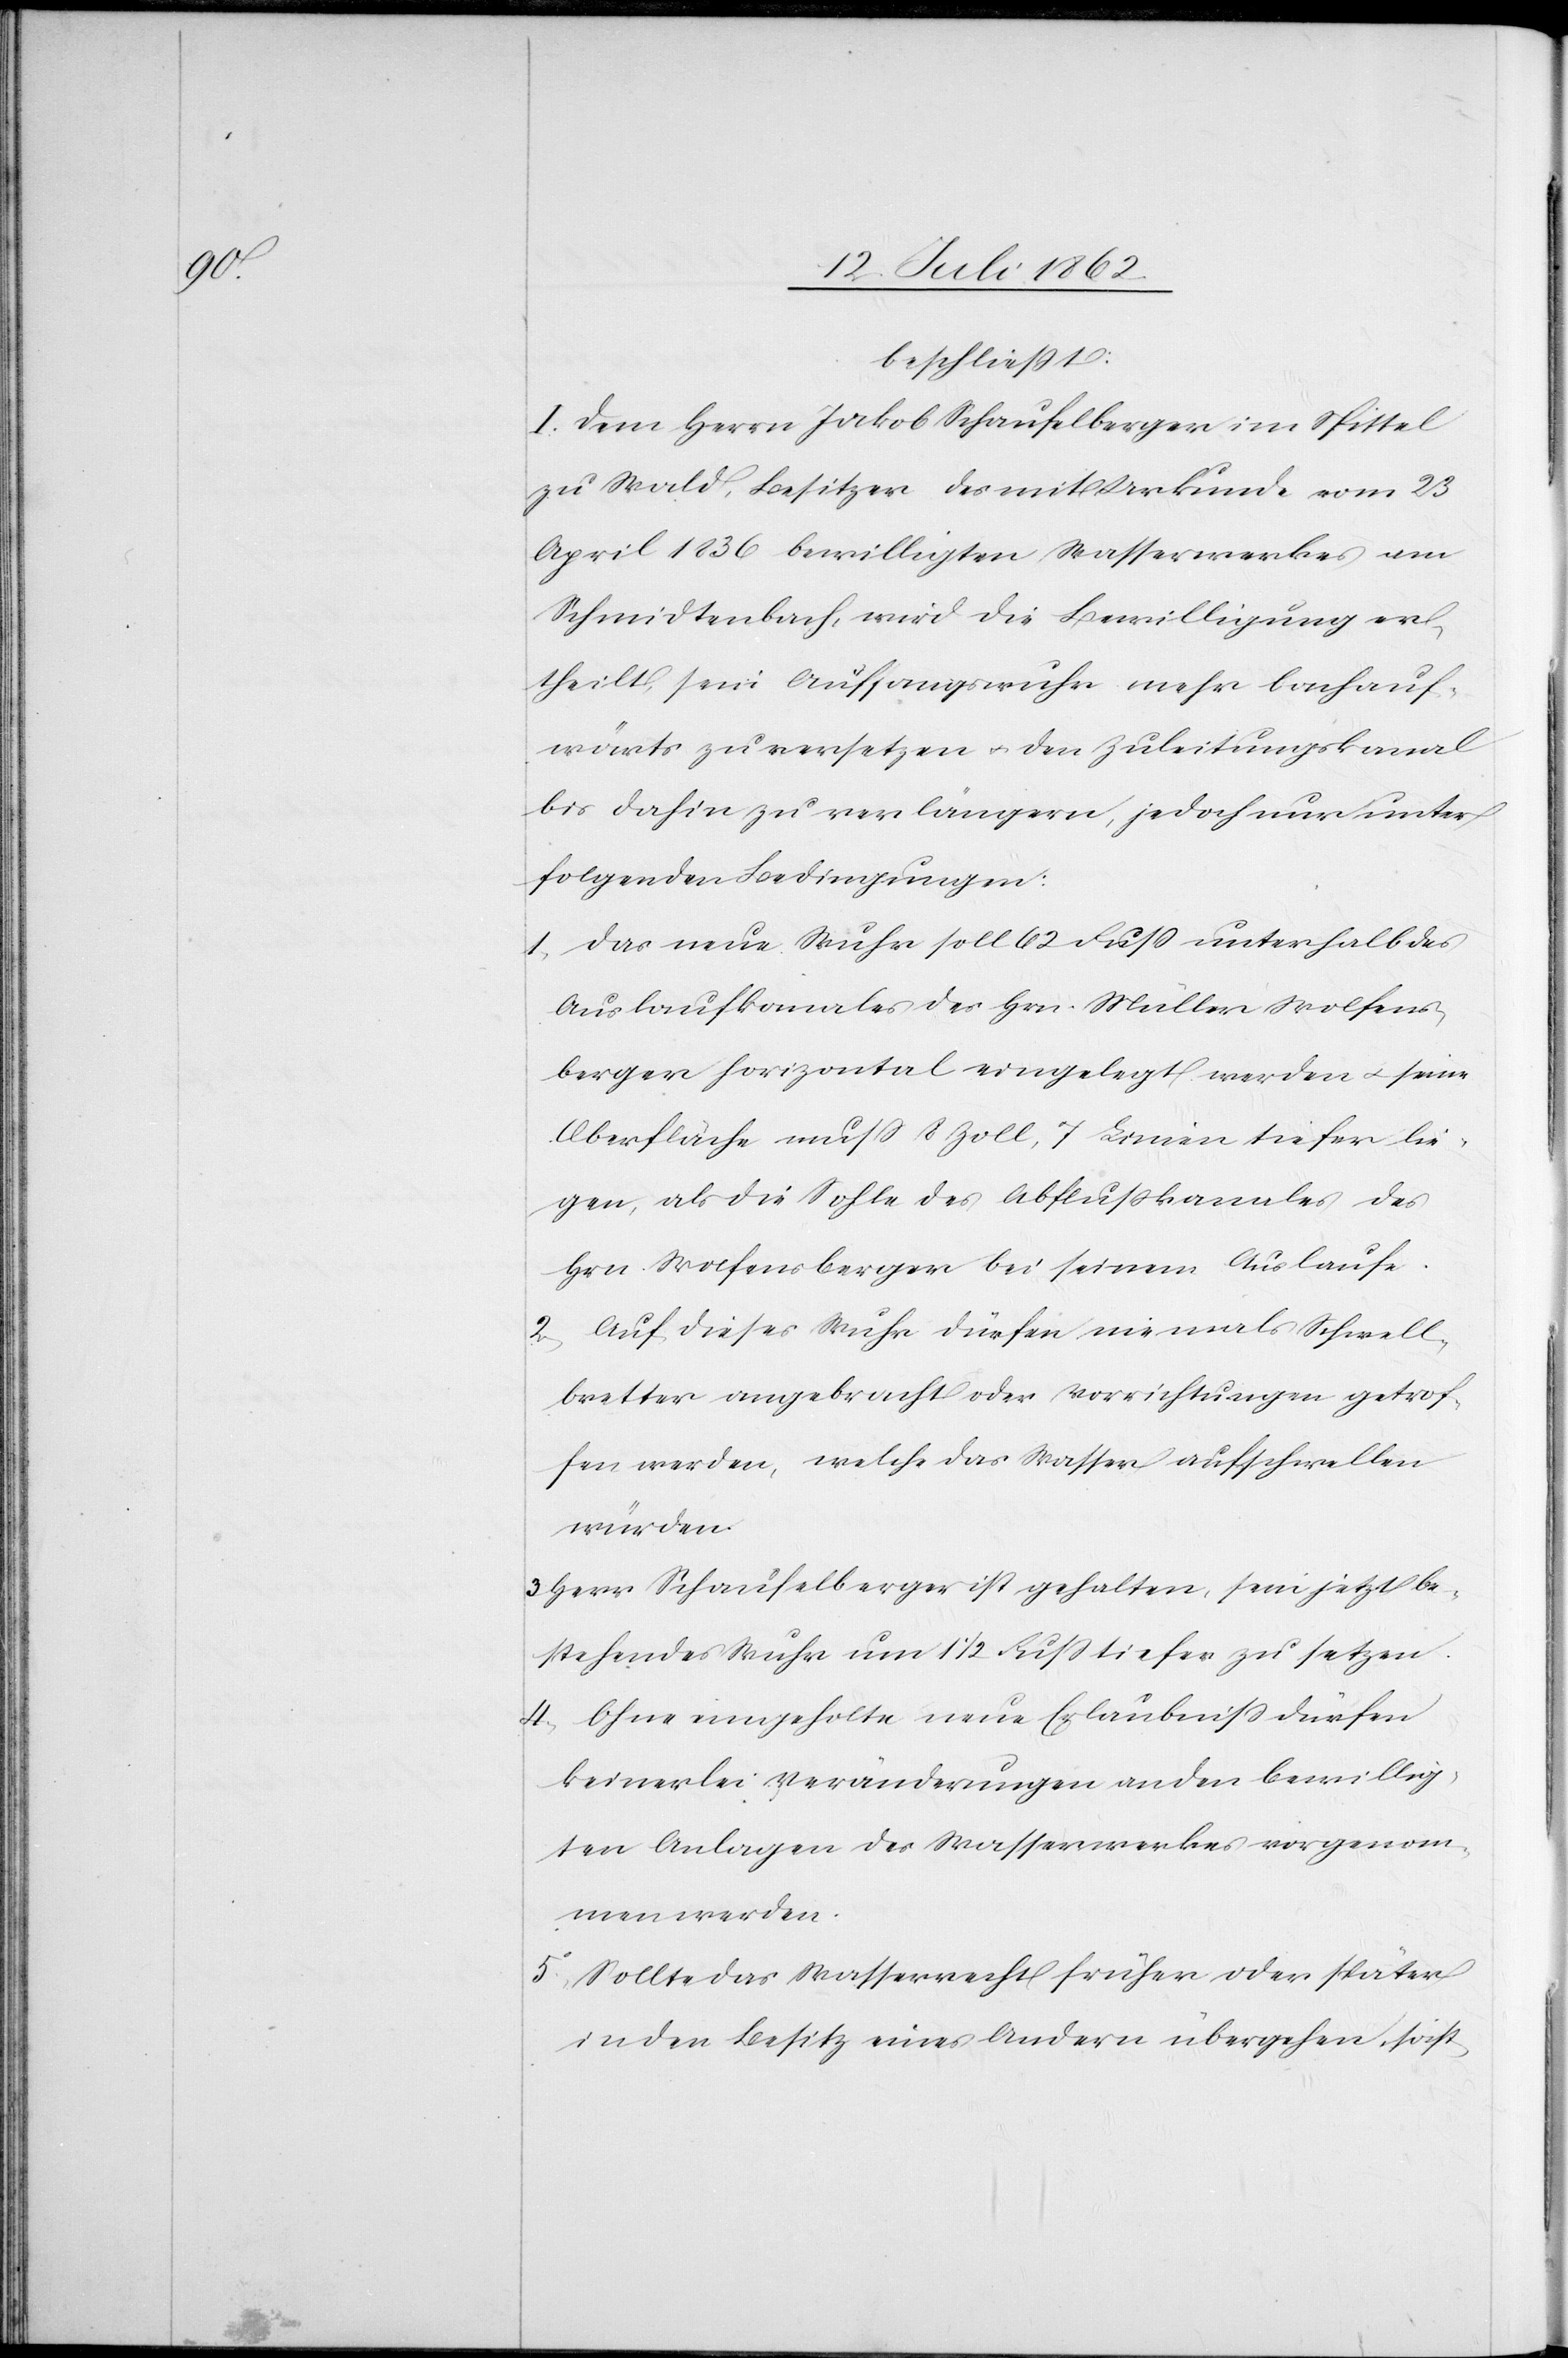
beschließt:
I. Dem Herrn Jakob Schaufelberger im Spittel
zu Wald, Besitzer des mit Urkunde vom 23
April 1836 bewilligten Wasserwerkes am
Schmidtenbach, wird die Bewilligung er¬
theilt, sein Auffangswuhr mehr bachauf¬
wärts zu ersetzen u. den Zuleitungskanal
bis dahin zu verlängern, jedoch nur unter
folgenden Bedingungen:
1. Das neue Wuhr soll 62 Fuß unterhalb des
Auslaufkanales des Hrn. Müller Wolfens¬
berger horizontal eingelegt werden u. seine
Oberfläche muß 8 Zoll, 7 Linien tiefer lie¬
gen, als die Sohle des Abflußkanales des
Hrn. Wolfensberger bei seinem Auslaufe.
2. Auf dieses Wuhr dürfen niemals Schwell¬
bretter angebracht oder Vorrichtungen getrof¬
fen werden, welche das Wasser aufschwellen
würden.
3. Herr Schaufelberger ist gehalten, sein jetzt be¬
stehendes Wuhr um 11/2 Fuß tiefer zu setzen.
4. Ohne eingeholte neue Erlaubniß dürfen
keinerlei Veränderungen an den bewillig¬
ten Anlagen des Wasserwerkes vorgenom¬
men werden.
5. Sollte das Wasserrecht früher oder später
in den Besitz eines Andern übergehen so ist